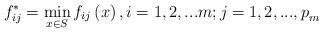
LaTeX: \begin{align*} f_{ij}^{*} =\min _{x\in S} f_{ij} \left(x\right),i=1,2,...m;j=1,2,...,p_{m}^{} \end{align*}